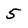
Character: 5